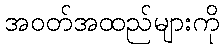
အဝတ်အထည်များကို